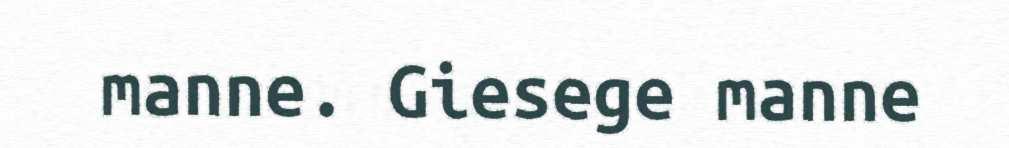
manne. Giesege manne